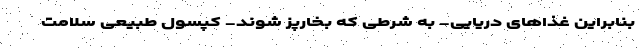
بنابراین غذاهای دریایی- به شرطی که بخارپز شوند- کپسول طبیعی سلامت